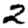
Digit: 2